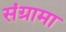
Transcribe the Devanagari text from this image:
संग्रामा